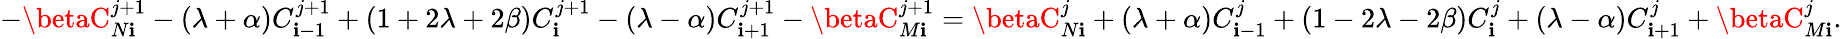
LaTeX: -\betaC_{N\mathbf{i}}^{j+1}-(\lambda+\alpha)C_{\mathbf{i}-1}^{j+1}+(1+2\lambda+2\beta)C_{\mathbf{i}}^{j+1}-(\lambda-\alpha)C_{\mathbf{i}+1}^{j+1}-\betaC_{M\mathbf{i}}^{j+1}=\betaC_{N\mathbf{i}}^{j}+(\lambda+\alpha)C_{\mathbf{i}-1}^{j}+(1-2\lambda-2\beta)C_{\mathbf{i}}^{j}+(\lambda-\alpha)C_{\mathbf{i}+1}^{j}+\betaC_{M\mathbf{i}}^{j}.